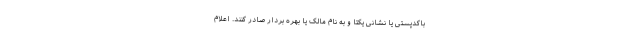
باکدپستی یا نشانی یکتا و به نام مالک یا بهره بردار صادر کنند. اعلام